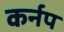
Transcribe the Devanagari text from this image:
कर्नप